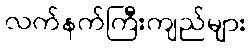
လက်နက်ကြီးကျည်များ